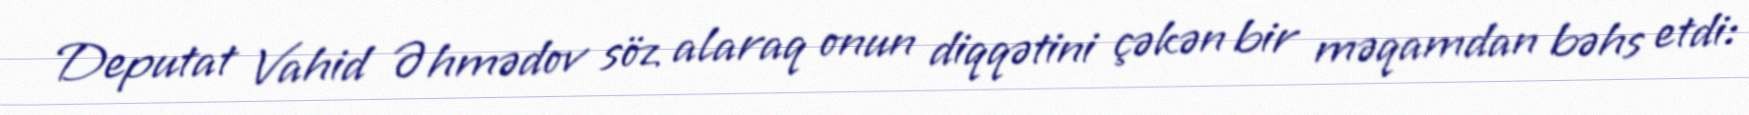
Deputat Vahid Əhmədov söz alaraq onun diqqətini çəkən bir məqamdan bəhs etdi: